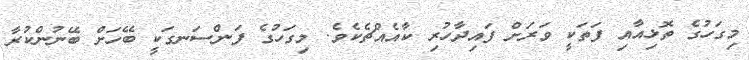
މިގަހުގެ ތޮޅިއާއި ފަތަކީ ވަރަށް ފައިދާހުރި ކާއެއްޗެކެވެ. މިގަހުގެ ފަންސަނގަކީ ބޭހަށް ބޭނުންކުރާ